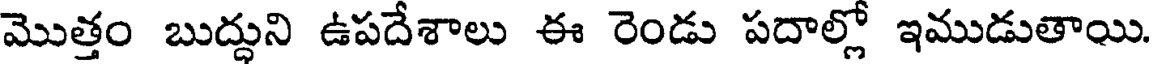
మొత్తం బుద్దుని ఉపదేశాలు ఈ రెండు పదాల్లో ఇముడుతాయి.